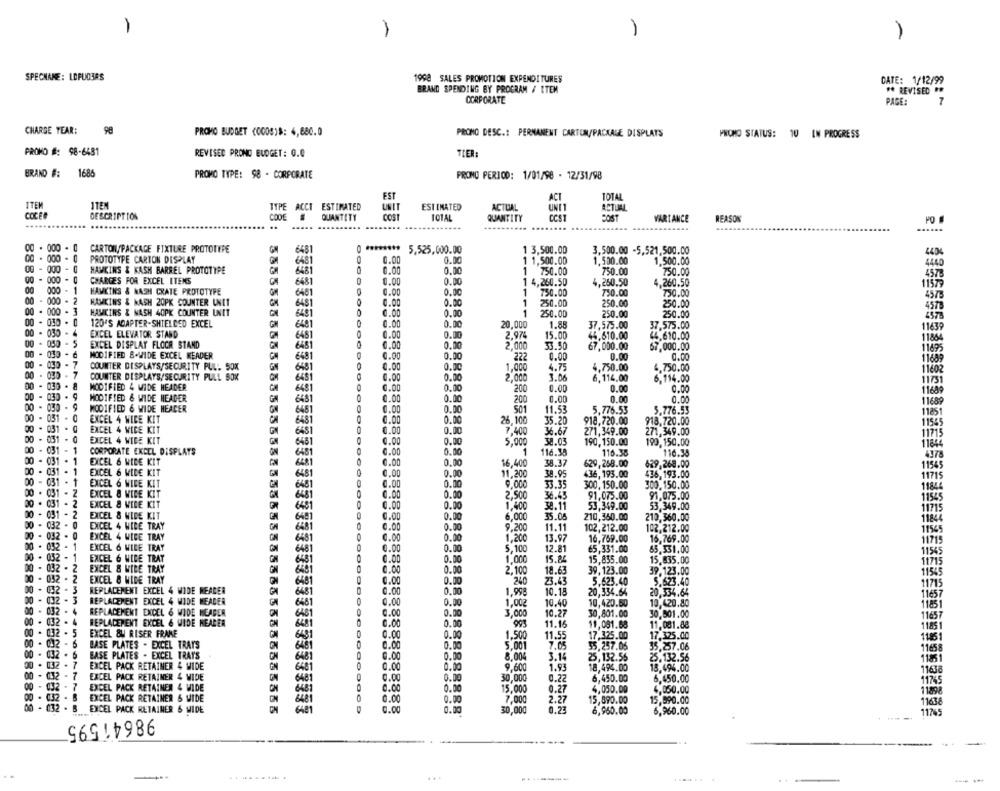
-
1
SPECNANE: LOFUO3RS
1998 SALES PROMOTION EXPENDITURES
CATE: 1/12/99
BRAND SPENDING BY PROGRAM / ITEM
#* REVISED **
CORPORATE
PAGE:
7
CHARGE YEAR:
PROMO BUDGET (000S)8: 4,680.0
PRONO DESC .: PERMANENT CARTON/PACKAGE DISPLAYS
PHONO STATUS:
10 IN PROGRESS
PROMO #: 98-6481
REVISED PRONO BUDGET: 0.0
TIER:
BRAND #:
1686
PROMO TYPE: 98 - CORPORATE
PRONO PERIOD: 1/01/98 - 12/31/98
EST
ACI
TOTAL
ITEM
ITEM
ITPE ACCT ESTIMATED
UNIT
EST INATED
ACTUAL
ACTUAL
COCER
DESCRIPTION
CODE
QUANTITY
cost
ICTAL
QUANTITY
POST
VARTANCE
REASON
..
.......
......
00 . 000- 0
CARTON PACKAGE FIXTURE PROTOTYPE
6481
...*****
5,525,000.00
1 3,500.00
3,500.00 -5,521,500.00
4404
PROTOTYPE CARTON DISPLAY
0.00
0.00
1 1,500.00
1,500.00
1.500.00
HAWKINS & KASH BARREL PROTOTYPE
6481
0.00
0.00
1 750.00
750.00
4440
6481
750.00
4573
00 - 000
CHARGES FOR EXCEL ITEMS
648
0
0.00
0.00
1 4,260.50
4,250,50
4,260.50
11579
000 - 1
HAWKINS & NASH CRATE PROTOTYPE
0.00
0.00
750.00
750.00
750.00
00 - 000
. 2
HAWKINS & MASH 20PK COUNTER UNIT
6481
0.00
0.00
1
4575
6481
250.00
250.00
250.00
4578
00 - 000
HAWKINS & NASH 40PK COUNTER UNIT
6481
0
0.00
0.00
1
250.00
250.00
250.00
00 - 030
120'S ADAPTER-SHIELDED EXCEL
6481
0.00
0.00
20.000
1.88
37.575.00
00 - 030
37,575.00
11639
. 4
EXCEL ELEVATOR STAND
6481
0.00
0.00
2.974
15.00
44.610.00
44.610.00
11864
00 -
. 5
EXCEL DISPLAY FLOOR STAND
6481
0.00
0.00
2,000
33.50
67,000.00
67,000.00
11675
on -
6
MODIFIED B-WIDE EXCEL READER
6481
0.00
0.00
222
0.00
0.00
. 7
0.00
11689
7
COUNTER DISPLAYS/SECURITY PULL 50%
6481
0.00
0.00
1,000
4.75
4,750.00
6,750.00
11602
00
. 030
.
COUNTER DISPLAYS/SECURITY PULL BOK
6481
0.00
0.00
2,000
3.06
6,114.00
6,114.00
11751
.
031
.
MODIFIED 4 WIDE HEADER
6481
0.00
0.00
200
0.00
0.00
0.00
.
030
11689
MODIFIED & WIDE HEADER
6481
0.00
0.00
200
0.00
0.00
11689
00
.
MODIFIED 6 WIDE HEADER
6461
0.00
0.00
501
11.53
5.776.53
5.776.53
00-
. 031
EXCEL 4 WICE KIT
0.00
0.00
35.20
918,720.00
918,720.00
11851
00
. 031
6481
8,100
11545
EXCEL 4 WICE KIT
6481
0.00
0.00
:400
36.67
271,349.00
271,349.00
11715
. 031
EXCEL 4 WIDE KIT
6481
0.00
0.00
5,000
3.03
190,150.00
190,150.00
00
. 031
- 1
CORPORATE EXCEL DISPLAYS
0.00
0.00
1
116.35
116.38
11844
00
= 031
. 1
6481
116.38
4978
EXCEL & WIDE KIT
0.00
0.00
16.400
38.37
629,258.00
629,269.00
11545
00
· 031
. 1
EXCEL & WIDE KIT
6481
0.00
0.00
11.200
38.95
436,193.00
436,193.00
11715
00
= 031
NNN
EXCEL 6 WIDE KIT
0.00
0.00
6481
9,000
33.35
300,150.00
300.150.00
11844
. 2
EXCEL & WIDE KIT
0.00
0.00
2,500
36.45
91.075.00
91.075.00
11545
20
. 2
EXCEL & VICE KIT
0.00
0.00
38.11
53,349.00
53.349.00
031
- 2
EXCEL & WIDE KIT
0.00
0.00
1,400
11715
30
6,000
35.08
210,360.00
210,360.00
11844
032 - 0
EXCEL 4 WIBE TRAY
0.00
0.00
9,200
11.11
102,212.00
102.212.00
11545
032
EXCEL 4 WIBE TRAY
6481
0.00
0.00
13.97
16,769.00
16,769.00
032
EXCEL 6 WIRE TRAY
0.00
0.00
1,200
11715
6481
5,100
12.81
€5,331.00
65.331.00
11545
152
EXCEL 6 WIDE TRAY
0.00
0.00
1.000
15.84
15,835.00
15.835.00
11715
032
2
EXCEL & WIBE TRAY
0.00
0.00
2.100
18.63
39,123.00
39.123.00
00
032
11545
EXCEL & WIDE TRAY
6481
0.00
0.00
240
23.43
5.623.40
5.623.4
1715
00
REPLACEMENT EXCEL 4 WIDE MEADER
6481
0.00
0.00
1,998
10.18
20,334.64
20,334.
11657
132 - 3
REPLACEMENT EXCEL 4 WIDE HEADER
0.00
0.00
10.40
10,420.50
10,420.80
032 *
6481
1,002
REPLACEMENT EXCEL 6 WIDE HEADER
6481
0.00
0.00
,000
10.27
30,801.00
30.001.00
11657
00
032 .
REPLACEMENT EXCEL & WIDE NEARER
6481
000
0.00
0.00
11.15
00
12 . 5
EXCEL &U RISER FRAME
0
0.00
0.00
1.500
11,081.68
11.081.88
1185
11.55
17.325.00
17.325.00
1451
00
012 - 6
BASE PLATES - EXCEL TRAYS
0.00
0.00
5.001
7.0
55,257.0
35.257.06
11658
00
BASE PLATES - EXCEL TRAYS
9.00
0.00
8,004
3.15
25,132.55
25.132.56
032 . 7
1185 1
EXCEL PACK RETAINER 4 WIDE
0.00
0.00
9,600
1.93
18,494.00
18,494.00
00 - 032 - 7
EXCEL PACK RETAINER 4 WIDE
6481
0.00
0.00
30,000
0.22
6,450.00
6,450.00
00 - 032 - 7
EXCEL PACK RETAINER 4 WIDE
0.00
0.00
15,000
0.27
4,050.00
4,050.00
11745
. B
1120
EXCEL PACK RETAINER & WIDE
0.00
0.00
7,000
2.27
15,890.00
15,990.00
EXCEL PACK RETAINER & MIDE
0.00
0.00
30,000
0.23
6,960.00
6,960.00
1638
11765
98641595
..
.......
..-
---